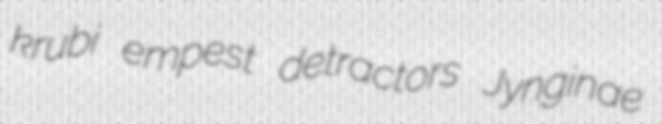
krubi empest detractors Jynginae